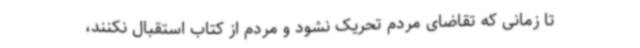
تا زمانی که تقاضای مردم تحریک نشود و مردم از کتاب استقبال نکنند،